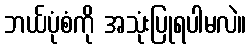
ဘယ်ပုံစံကို အသုံးပြုရပါမလဲ။